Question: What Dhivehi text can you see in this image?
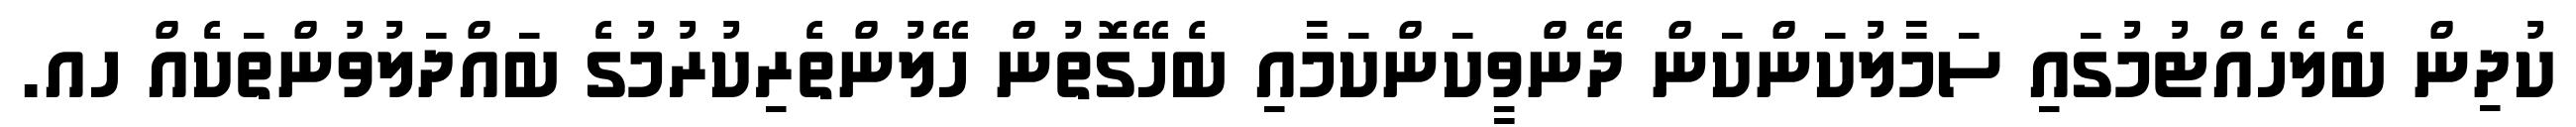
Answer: ކުދިން ބެލެހެއްޓުމުގައި ސަމާލުކަންކަން ދޭންވީކަންކަމާއި ބެހޭގޮތުން ހޭލުންތެރިކުރުމުގެ ބައްދަލުވުންތަކެއް ހއ.